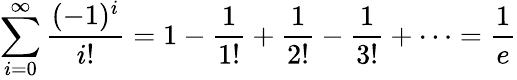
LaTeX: \sum_{i=0}^{\infty}{\frac{(-1)^{i}}{i!}}=1-{\frac{1}{1!}}+{\frac{1}{2!}}-{\frac{1}{3!}}+\cdots={\frac{1}{e}}